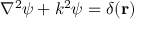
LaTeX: \nabla ^ { 2 } \psi + k ^ { 2 } \psi = \delta ( \mathbf { r } )